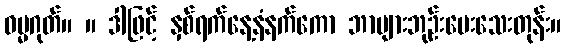
ဓမ္မဂုတ်။ ။ ဒါဖြင့် နှစ်ရက်နေ့နံနက်ကော ဘာများဘုဉ်းပေးသေးတုန်း။